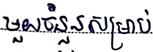
មួយចំនួនសម្រាប់